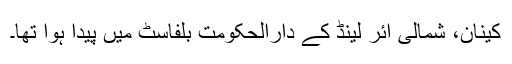
کینان، شمالی آئر لینڈ کے دارالحکومت بلفاسٹ میں پیدا ہوا تھا۔